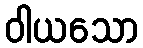
ဝါယသော